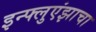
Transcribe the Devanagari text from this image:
इन्फ्लुएंझाचा